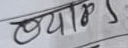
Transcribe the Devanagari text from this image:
व्याळ